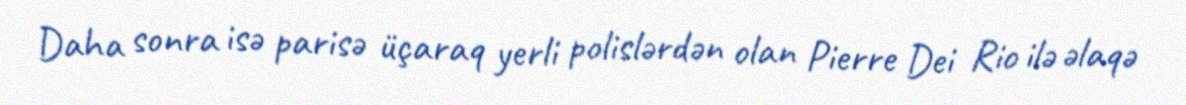
Daha sonra isə parisə üçaraq yerli polislərdən olan Pierre Dei Rio ilə əlaqə